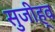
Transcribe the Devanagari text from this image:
सुजीह्व